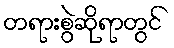
တရားစွဲဆိုရာတွင်